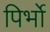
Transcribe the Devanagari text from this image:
पिर्भो